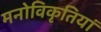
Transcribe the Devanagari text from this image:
मनोविकृतियां